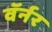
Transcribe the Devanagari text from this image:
वॅर्नर